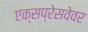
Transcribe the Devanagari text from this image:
एक्सप्रेसवेवर